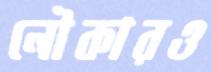
নৌকারও